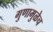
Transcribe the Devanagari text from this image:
गुणामुळेच